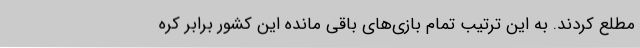
مطلع کردند. به این ترتیب تمام بازی‌های باقی مانده این کشور برابر کره